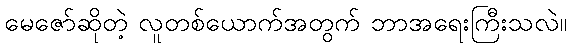
မေဇော်ဆိုတဲ့ လူတစ်ယောက်အတွက် ဘာအရေးကြီးသလဲ။